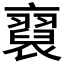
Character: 𧞂